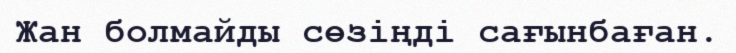
Жан болмайды сөзіңді сағынбаған.